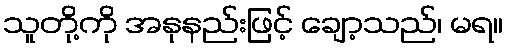
သူတို့ကို အနုနည်းဖြင့် ချော့သည်၊ မရ။